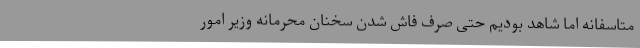
متاسفانه اما شاهد بودیم حتی صرف فاش شدنِ‌ سخنان محرمانهٔ وزیر امور